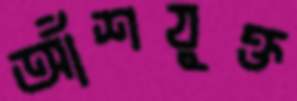
আঁশযুক্ত